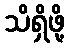
သိရှိဖို့